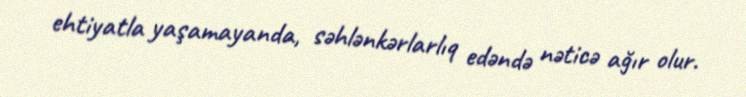
ehtiyatla yaşamayanda, səhlənkərlarlıq edəndə nəticə ağır olur.